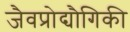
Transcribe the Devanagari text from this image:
जैवप्रोद्यौगिकी